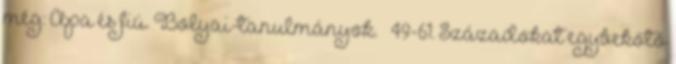
még: Apa és fiú. Bolyai-tanulmányok. – 49-61. Századokat egybekötő